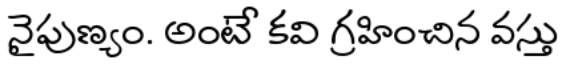
నైపుణ్యం. అంటే కవి గ్రహించిన వస్తు